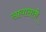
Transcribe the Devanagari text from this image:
सायासाने